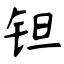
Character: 钽